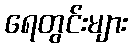
ရေတွင်းများ